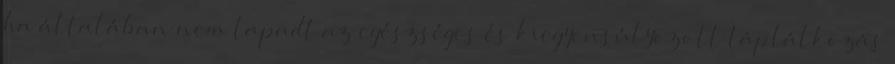
ha általában nem tapadt az egészséges és kiegyensúlyozott táplálkozás